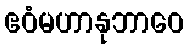
ဧဝံမဟာနုဘာဝေ